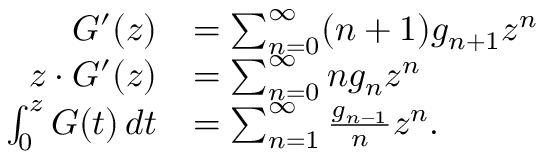
{ \begin{array} { r l } { G ^ { \prime } ( z ) } & { = \sum _ { n = 0 } ^ { \infty } ( n + 1 ) g _ { n + 1 } z ^ { n } } \\ { z \cdot G ^ { \prime } ( z ) } & { = \sum _ { n = 0 } ^ { \infty } n g _ { n } z ^ { n } } \\ { \int _ { 0 } ^ { z } G ( t ) \, d t } & { = \sum _ { n = 1 } ^ { \infty } { \frac { g _ { n - 1 } } { n } } z ^ { n } . } \end{array} }